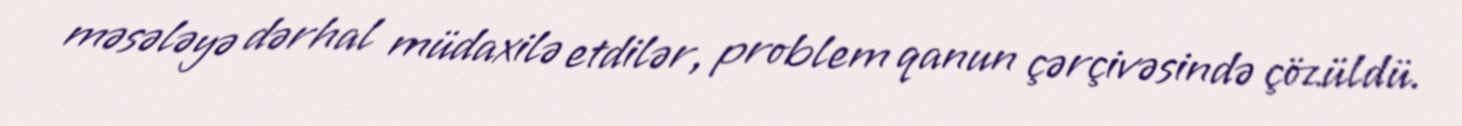
məsələyə dərhal müdaxilə etdilər, problem qanun çərçivəsində çözüldü.